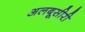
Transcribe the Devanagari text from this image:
अलबूसीरी